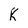
Character: K